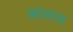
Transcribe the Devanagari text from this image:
कोताना